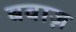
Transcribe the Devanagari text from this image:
बवाज़